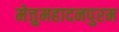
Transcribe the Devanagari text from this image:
मेत्तुमहादनपुरम